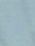
أو